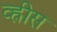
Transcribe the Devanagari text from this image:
व्ह्रीस